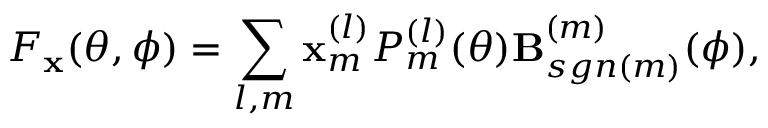
F _ { \mathbf { x } } ( \theta , \phi ) = \sum _ { l , m } \mathbf { x } _ { m } ^ { ( l ) } P _ { m } ^ { ( l ) } ( \theta ) \mathbf { B } _ { s g n ( m ) } ^ { ( m ) } ( \phi ) ,